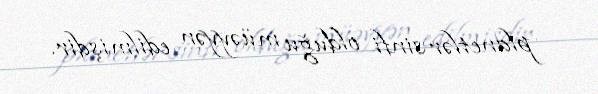
planetlər sinfi olduğu müəyyən edilmişdir.